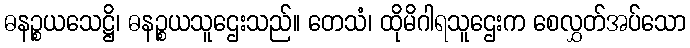
ဓနဉ္စယသေဋ္ဌိ၊ ဓနဉ္စယသူဌေးသည်။ တေသံ၊ ထိုမိဂါရသူဌေးက စေလွှတ်အပ်သော